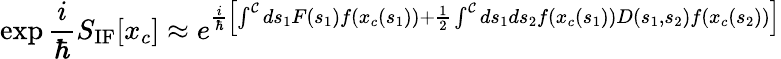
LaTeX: \exp{{\frac{i}{\hbar}}S_{\mathrm{IF}}[x_{c}]}\approx e^{{\frac{i}{\hbar}}\left[\int^{\cal C}ds_{1}F(s_{1})f(x_{c}(s_{1}))+{\frac{1}{2}}\int^{\cal C}ds_{1}ds_{2}f(x_{c}(s_{1}))D(s_{1},s_{2})f(x_{c}(s_{2}))\right]}